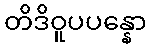
တိဒိဝူပပန္နော